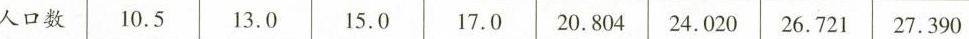
人口数 10.5 13.0 15.0 17.0 20.804 24.020 26.721 27.390